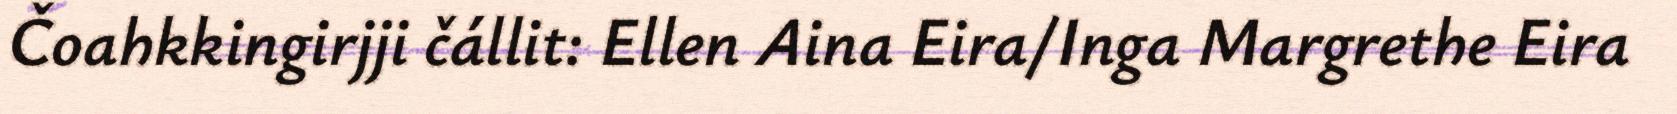
Čoahkkingirjji čállit: Ellen Aina Eira/Inga Margrethe Eira